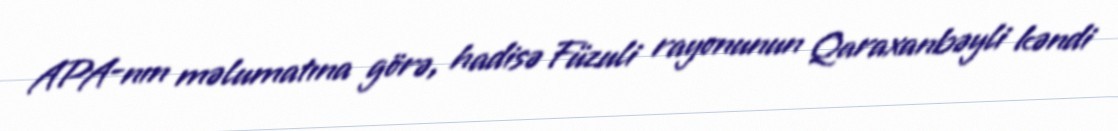
APA-nın məlumatına görə, hadisə Füzuli rayonunun Qaraxanbəyli kəndi